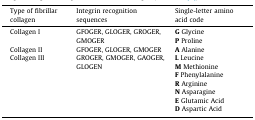
| Type of fibrillar collagen | Integrin recognition sequences | Single-letter amino acid code |
 | --- | --- | --- |
 | Collagen I | GFOGER, GLOGER, GROGER, GMOGER | <ROWSPAN=3> G GlycineP ProlineA AlanineL LeucineM MethionineF PhenylalanineR ArginineN AsparagineE Glutamic AcidD Aspartic Acid |
 | Collagen II | GFOGER, GLOGER, GMOGER |
 | Collagen III | GROGER, GMOGER, GAOGER, GLOGEN |